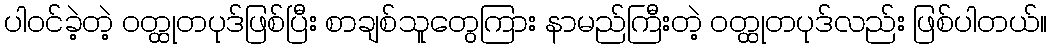
ပါဝင်ခဲ့တဲ့ ဝတ္ထုတပုဒ်ဖြစ်ပြီး စာချစ်သူတွေကြား နာမည်ကြီးတဲ့ ဝတ္ထုတပုဒ်လည်း ဖြစ်ပါတယ်။